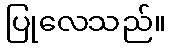
ပြုလေသည်။